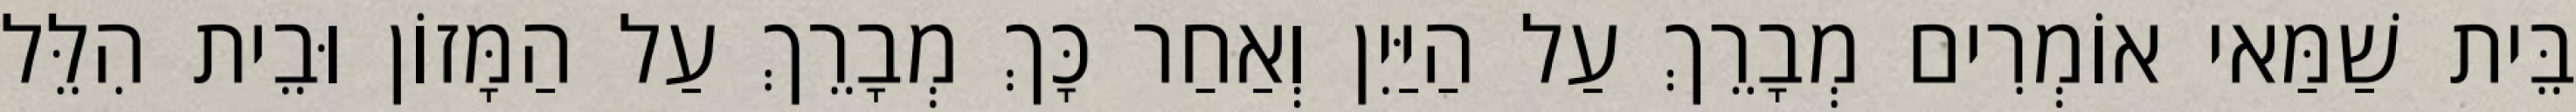
בֵּית שַׁמַּאי אוֹמְרִים מְבָרֵךְ עַל הַיַּיִן וְאַחַר כָּךְ מְבָרֵךְ עַל הַמָּזוֹן וּבֵית הִלֵּל